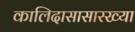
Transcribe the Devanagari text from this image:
कालिदासासारख्या